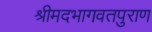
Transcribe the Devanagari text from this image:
श्रीमदभागवतपुराण